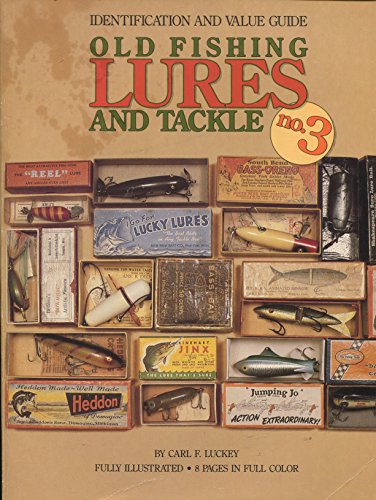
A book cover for Old Fishing Lures and Tackle, Identification and Value Guide (Old Fishing Lures & Tackle); Carl F. Luckey; Crafts, Hobbies & Home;